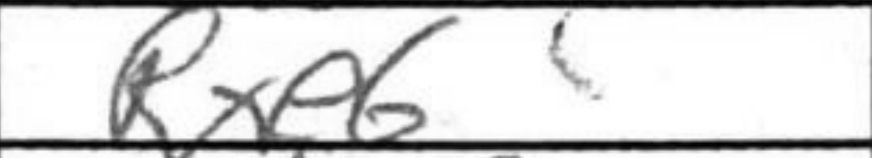
Transcription: Rxe6